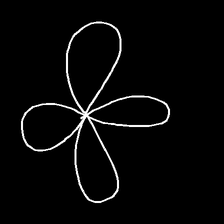
Glyph: billowing